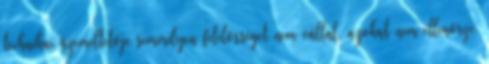
technikai üzemeltetője semmilyen felelősséget nem vállal, azokat nem ellenőrzi.